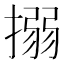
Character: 搦